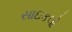
સાઇકલો